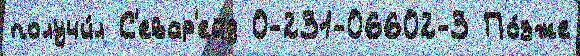
получи́л С'евар'ейд 0-231-06602-3 По́зже